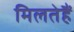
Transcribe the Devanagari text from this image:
मिलतेहैं